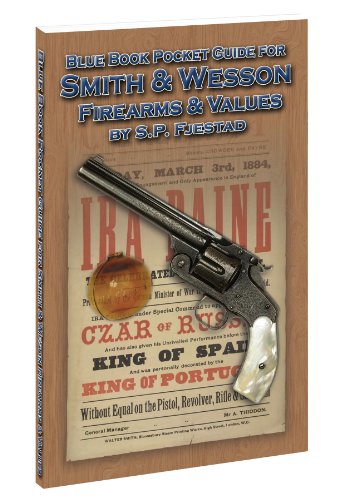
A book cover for Blue Book Pocket Guide for Smith & Wesson Firearms and Values; S.P. Fjestad; Crafts, Hobbies & Home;